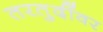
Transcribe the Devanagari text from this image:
तरतुदींवर